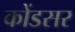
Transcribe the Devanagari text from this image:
कोंडसर